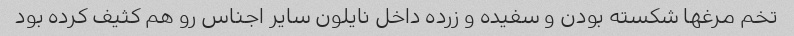
تخم مرغها شکسته بودن و سفیده و زرده داخل نایلون سایر اجناس رو هم کثیف کرده بود